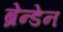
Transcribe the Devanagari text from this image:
ब्रेन्डेन